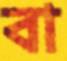
বা